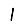
Digit: 1